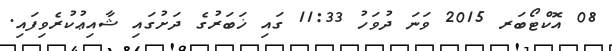
08 އޮކްޓޯބަރ 2015 ވަނަ ދުވަހު 11:33 ގައި ޚަބަރުގެ ދަށުގައި ޝާއިޢުކުރެވިފައި.